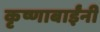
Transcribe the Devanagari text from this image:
कृष्णाबाईंनी